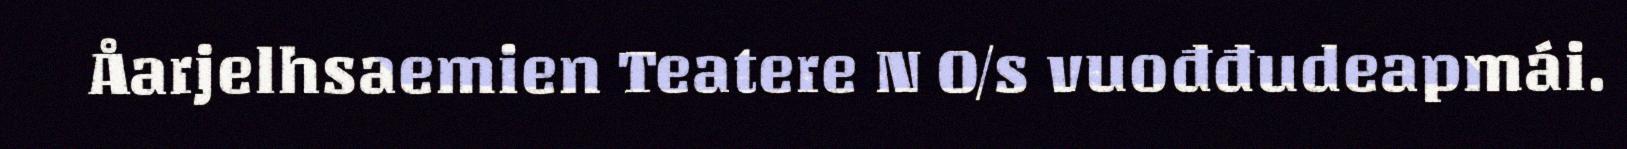
Åarjelhsaemien Teatere N O/s vuođđudeapmái.